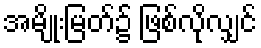
အမျိုးမြတ်၌ ဖြစ်လိုလျှင်